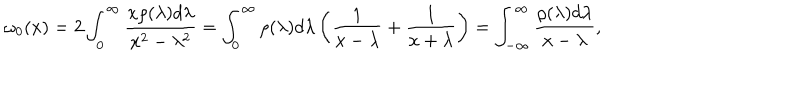
LaTeX: \omega _ { 0 } ( x ) = 2 \int _ { 0 } ^ { \infty } { \frac { x \rho ( \lambda ) d \lambda } { x ^ { 2 } - \lambda ^ { 2 } } } = \int _ { 0 } ^ { \infty } \rho ( \lambda ) d \lambda \left( { \frac { 1 } { x - \lambda } } + { \frac { 1 } { x + \lambda } } \right) = \int _ { - \infty } ^ { \infty } { \frac { \rho ( \lambda ) d \lambda } { x - \lambda } } ,